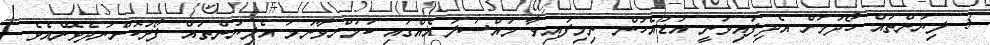
3. ލިޔުންތައް ހޯދުމަށް އެދިފައިވަނީ އަޑުއެހުން ނިމިފައިވާ މައްސަލައެއްގައި ކަމަށްވާނަމަ އެލިޔުންތައް ފޯރުކޮށްނުދެވޭނެއެވެ.